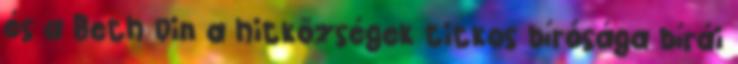
és a Beth Din a hitközségek titkos bírósága bírái